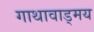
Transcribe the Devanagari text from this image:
गाथावाड्मय